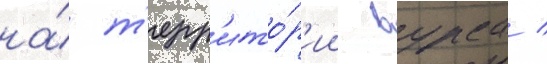
на́ т'ерр'ито́р'ии вурса /